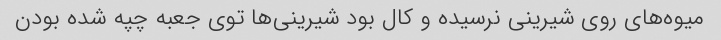
میوه‌های روی شیرینی نرسیده و کال بود شیرینی‌ها توی جعبه چپه شده بودن